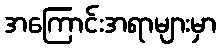
အကြောင်းအရာများမှာ